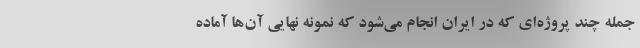
جمله چند پروژه‌ای که در ایران انجام می‌شود که نمونه نهایی آن‌ها آماده